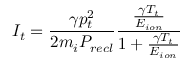
I _ { t } = \frac { \gamma p _ { t } ^ { 2 } } { 2 m _ { i } P _ { r e c l } } \frac { \frac { \gamma T _ { t } } { E _ { i o n } } } { 1 + \frac { \gamma T _ { t } } { E _ { i o n } } }